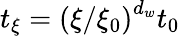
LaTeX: t_{\xi}=\left(\xi/\xi_{0}\right)^{d_{w}}t_{0}